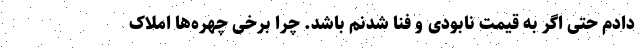
دادم حتی اگر به قیمت نابودی و فنا شدنم باشد. چرا برخی چهره‌ها املاک